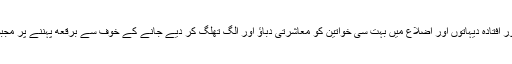
افغانستان کے دور افتادہ دیہاتوں اور اضلاع میں بہت سی خواتین کو معاشرتی دباؤ اور الگ تھلگ کر دیے جانے کے خوف سے برقعه پہننے پر مجبور کیا جاتا ہے۔